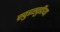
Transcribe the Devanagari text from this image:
खुडखुडीया